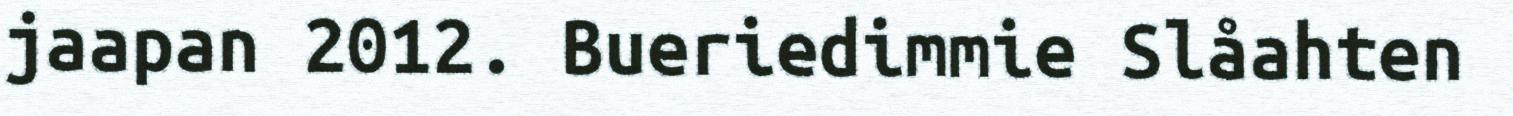
jaapan 2012. Bueriedimmie Slåahten